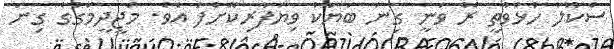
ސްކޫލް ހުޅުވާތީ ރޭ ވަނީ ގިނަ ބަޔަކު ވިޔަފާރިކޮށްފަ އެވެ. މަޖީދީމަގުގެ ގިނަ